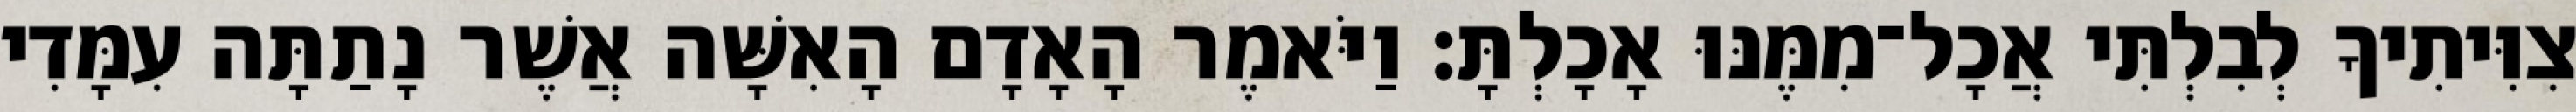
צִוִּיתִיךָ לְבִלְתִּי אֲכָל־מִמֶּנּוּ אָכָלְתָּ׃ וַיֹּאמֶר הָאָדָם הָאִשָּׁה אֲשֶׁר נָתַתָּה עִמָּדִי